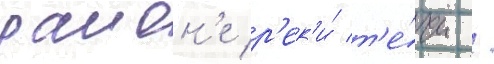
раион'е р'ек'и́ т'е́чи /